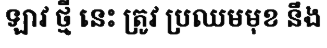
ឡាវ ថ្មី នេះ ត្រូវ ប្រឈមមុខ នឹង